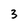
Character: 3